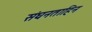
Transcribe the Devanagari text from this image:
संघनताहिन